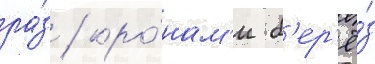
ра́з / кро́нам'и б'ер'ё́з